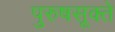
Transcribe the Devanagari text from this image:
पुरुषसूक्ते